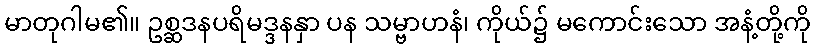
မာတုဂါမ၏။ ဥစ္ဆဒနပရိမဒ္ဒနနှာ ပန သမ္ဗာဟနံ၊ ကိုယ်၌ မကောင်းသော အနံ့တို့ကို